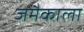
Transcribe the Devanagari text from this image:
जमैकाला